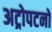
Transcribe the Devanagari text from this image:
अट्रोपटनों